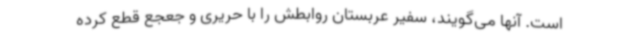
است. آنها می‌گویند، سفیر عربستان روابطش را با حریری و جعجع قطع کرده